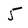
Character: 5